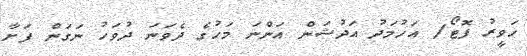
ހަވީރު ފޮޓޯ/ އަހުމަދު އަދުޝަން އަންނަ މަހުގެ ދެވަނަ ދުވަހު ނަގަން ފަށާ